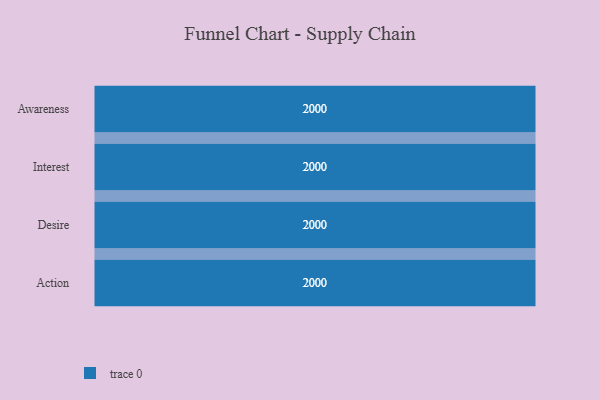
{"axis": {"x": "Stage", "y": "Value"}, "legend": [""], "data": [{"x": "Awareness", "y": 2000, "type": ""}, {"x": "Interest", "y": 2000, "type": ""}, {"x": "Desire", "y": 2000, "type": ""}, {"x": "Action", "y": 2000, "type": ""}]}